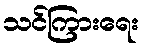
သင်ကြားရေး